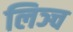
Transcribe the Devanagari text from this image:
लिञ्च